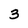
Character: 3